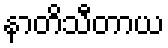
နာတိသီတာယ